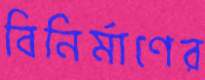
বিনির্মাণের